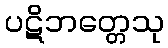
ပဋိဘတ္တေသု